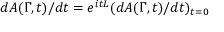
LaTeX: d A ( \Gamma , t ) / d t = e ^ { i t L } ( d A ( \Gamma , t ) / d t ) _ { t = 0 }